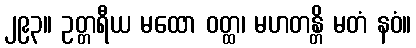
၂၉၃။ ဥတ္တရီယ မထော ဝတ္ထ၊ မဟတန္တိ မတံ နဝံ။